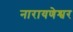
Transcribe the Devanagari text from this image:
नारायणेश्वर